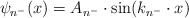
\begin{align*}\psi_{n^-}(x)=A_{n^-}\cdot {\rm sin}(k_{n^-}\cdot x)\end{align*}